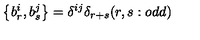
\left\{ b _ { r } ^ { i } , b _ { s } ^ { j } \right\} = \delta ^ { i j } \delta _ { r + s } ( r , s : o d d )